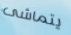
يتماشى